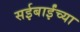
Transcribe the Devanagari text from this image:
सईबाईंच्या